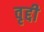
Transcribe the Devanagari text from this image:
वृद्दी